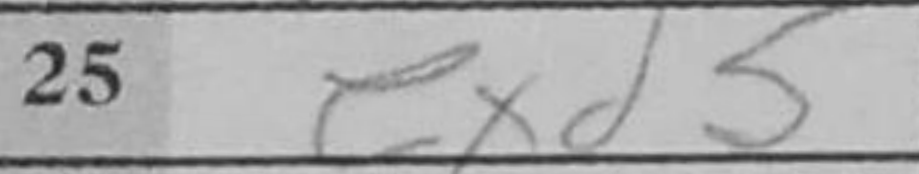
Transcription: exd5